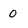
Character: 0